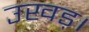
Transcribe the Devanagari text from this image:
उखड़।